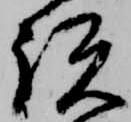
説